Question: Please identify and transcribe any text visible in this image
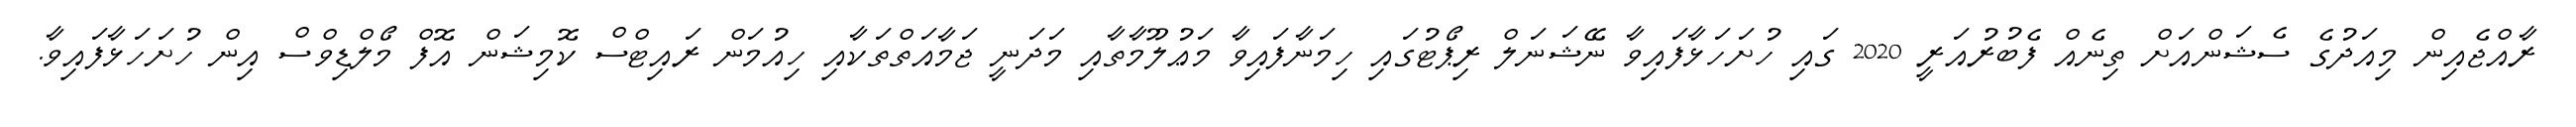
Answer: ރާއްޖެއިން މިއަދުގެ ސެޝަންއަށް ތިނެއް ފެބުރުއަރީ 2020 ގައި ހުށަހަޅާފައިވާ ނޭޝަނަލް ރިޕޯޓުގައި ހިމަނާފައިވާ މަޢުލޫމާތާއި މަދަނީ ޖަމާއަތްތަކާއި ހިއުމަން ރައިޓްސް ކޮމިޝަން އޮފް މޯލްޑިވްސް އިން ހުށަހަޅާފައިވާ.